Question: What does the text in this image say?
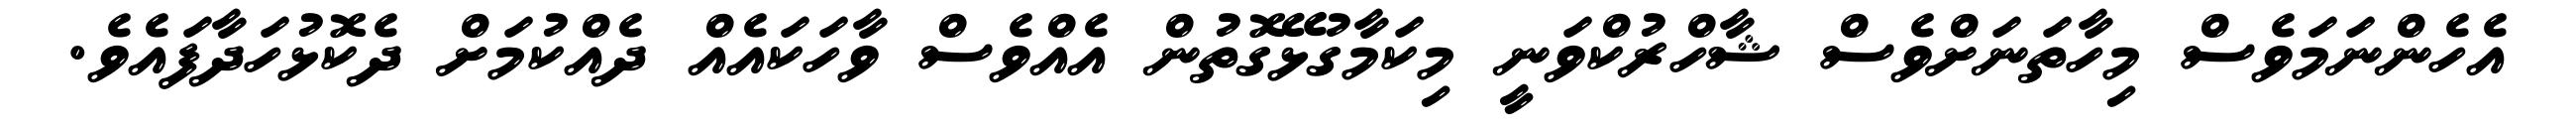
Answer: އެހެންނަމަވެސް މިހާތަނަށްވެސް ޝާހްރުކްވަނީ މިކަމާގުޅޭގޮތުން އެއްވެސް ވާހަކައެއް ދެއްކުމަށް ދެކޮޅުހަދާފައެވެ.